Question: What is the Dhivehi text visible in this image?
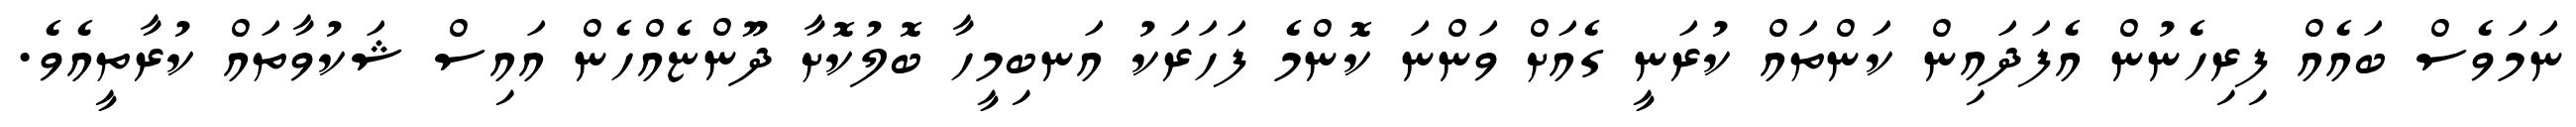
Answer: ނަމަވެސް ބައެއް ފިރިހެނުން އެފަދައިން ކަންތައް ކުރަނީ ގެއަށް ވަންނަ ކޮންމެ ފަހަރަކު އަނބިމީހާ ބޮލުކޮށާ ދޫންޏެއްހެން އައިސް ޝަކުވާތައް ކުރާތީއެވެ.